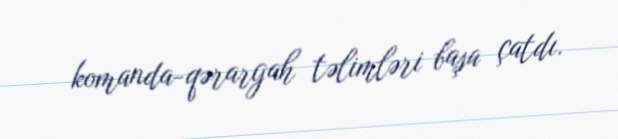
komanda-qərargah təlimləri başa çatdı.